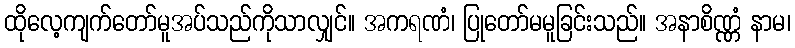
ထိုလေ့ကျက်တော်မူအပ်သည်ကိုသာလျှင်။ အကရဏံ၊ ပြုတော်မမူခြင်းသည်။ အနာစိဏ္ဏံ နာမ၊